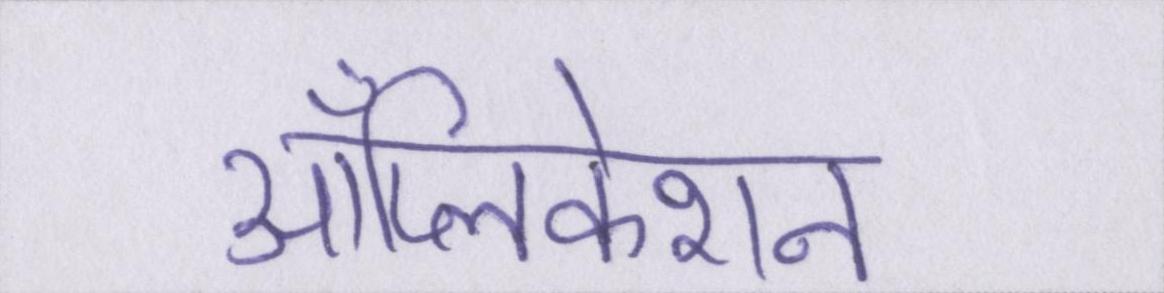
ॲप्लिकेशन